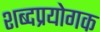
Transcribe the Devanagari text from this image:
शब्दप्रयोगक